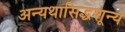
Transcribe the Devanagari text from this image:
अन्यथासिद्धशून्य